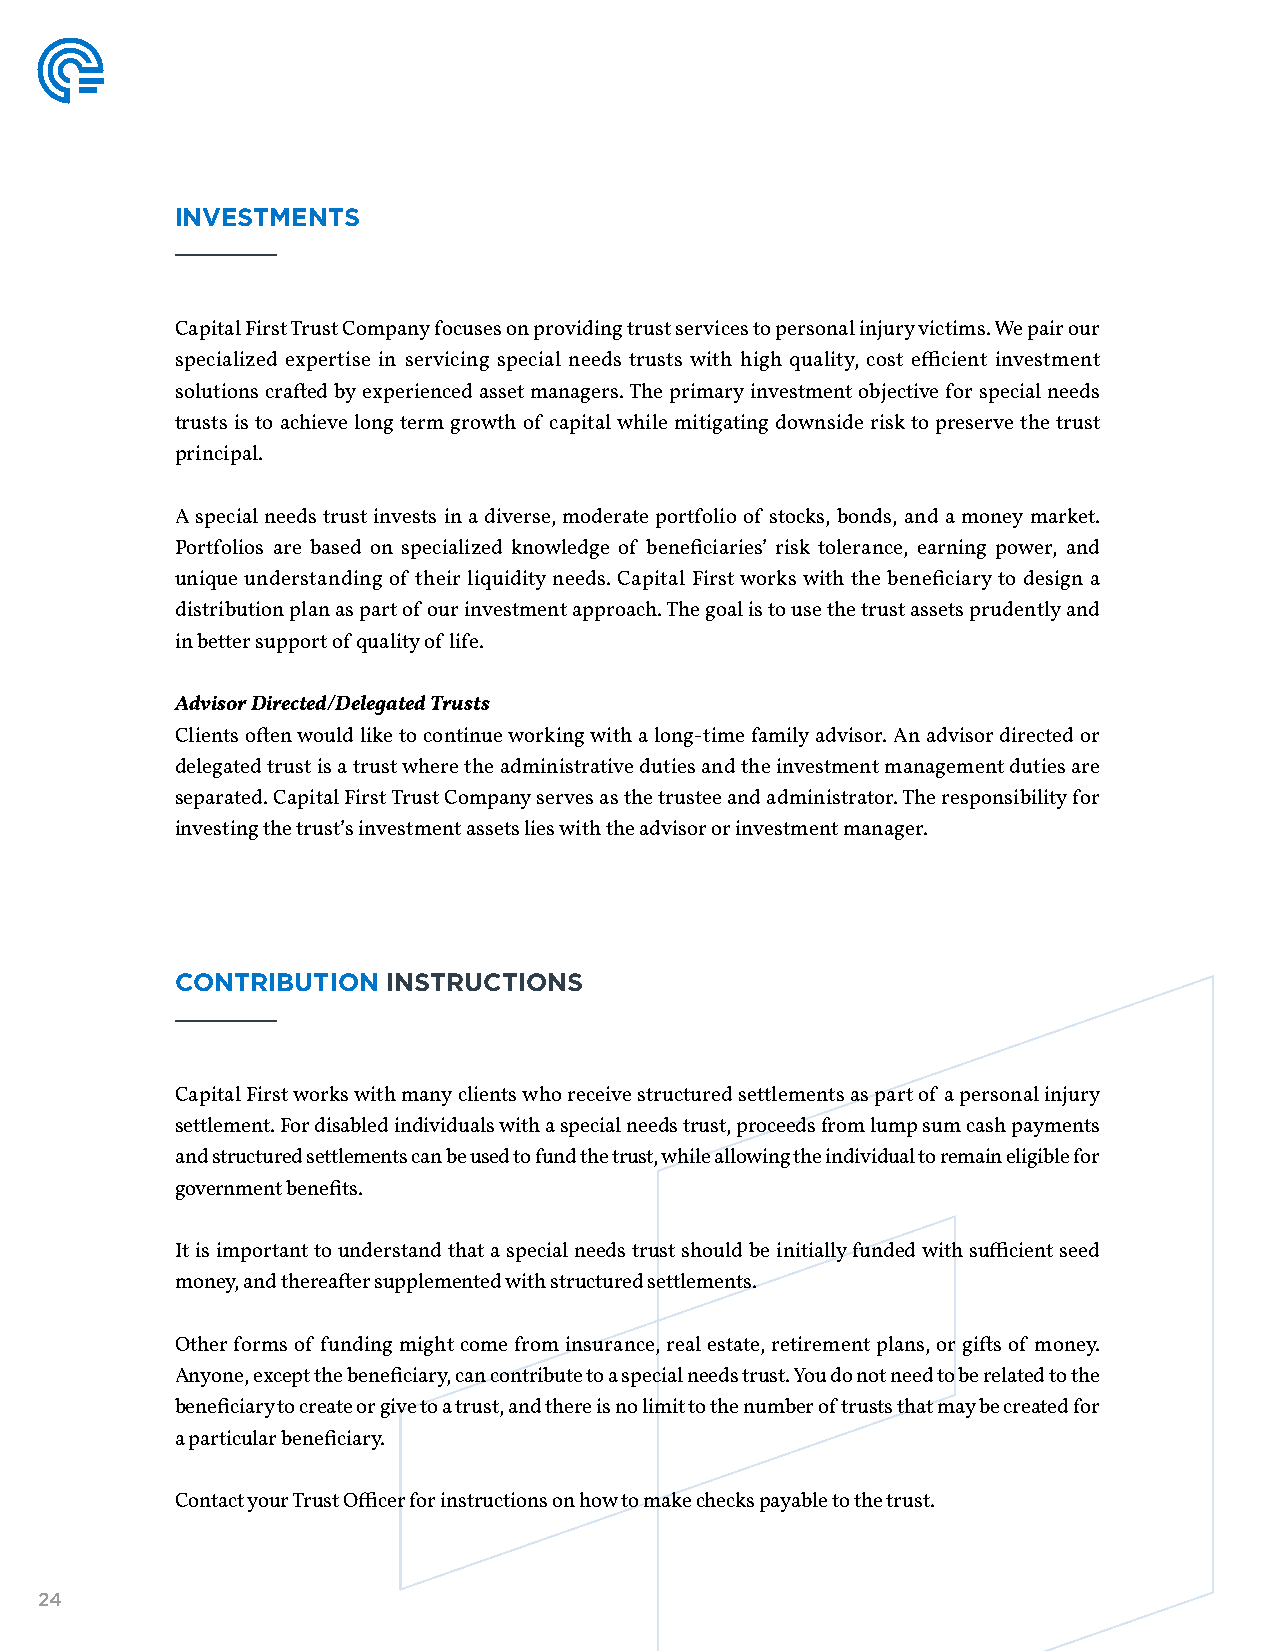
INVESTMENTS
 Capital First Trust Company focuses on providing trust services to personal injury victims. We pair our
 specialized expertise in servicing special needs trusts with high quality, cost efficient investment
 solutions crafted by experienced asset managers. The primary investment objective for special needs
 trusts is to achieve long term growth of capital while mitigating downside risk to preserve the trust
 principal.
 A special needs trust invests in a diverse, moderate portfolio of stocks, bonds, and a money market.
 Portfolios are based on specialized knowledge of beneficiaries’ risk tolerance, earning power, and
 unique understanding of their liquidity needs. Capital First works with the beneficiary to design a
 distribution plan as part of our investment approach. The goal is to use the trust assets prudently and
 in better support of quality of life.
 Advisor Directed/Delegated Trusts
 Clients often would like to continue working with a long-time family advisor. An advisor directed or
 delegated trust is a trust where the administrative duties and the investment management duties are
 separated. Capital First Trust Company serves as the trustee and administrator. The responsibility for
 investing the trust’s investment assets lies with the advisor or investment manager.
 CONTRIBUTION  INSTRUCTIONS
 Capital First works with many clients who receive structured settlements as part of a personal injury
 settlement. For disabled individuals with a special needs trust, proceeds from lump sum cash payments
 and structured settlements can be used to fund the trust, while allowing the individual to remain eligible for
 government benefits.
 It is important to understand that a special needs trust should be initially funded with sufficient seed
 money, and thereafter supplemented with structured settlements.
 Other forms of funding might come from insurance, real estate, retirement plans, or gifts of money.
 Anyone, except the beneficiary, can contribute to a special needs trust. You do not need to be related to the
 beneficiary to create or give to a trust, and there is no limit to the number of trusts that may be created for
 a particular beneficiary.
 Contact your Trust Officer for instructions on how to make checks payable to the trust.
 24